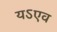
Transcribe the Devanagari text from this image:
यऽएव